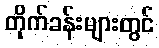
တိုက်ခန်းများတွင်